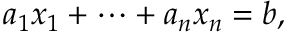
a _ { 1 } x _ { 1 } + \cdots + a _ { n } x _ { n } = b ,